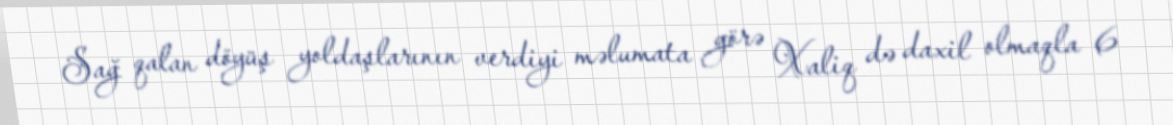
Sağ qalan döyüş yoldaşlarının verdiyi məlumata görə Xaliq də daxil olmaqla 6